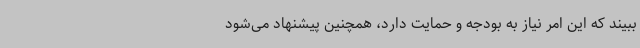
ببیند که این امر نیاز به بودجه و حمایت دارد، همچنین پیشنهاد می‌شود